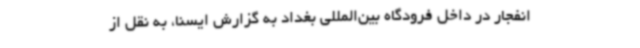
انفجار در داخل فرودگاه بین‌المللی بغداد به گزارش ایسنا، به نقل از